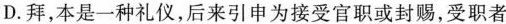
D.拜，本是一种礼仪，后来引申为接受官职或封赐，受职者